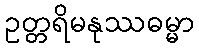
ဥတ္တရိမနုဿဓမ္မာ